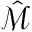
\hat { \mathcal { M } }